Rangoon Lunatic Asylum 1893-1897 - 1893-1897
Year: 1893
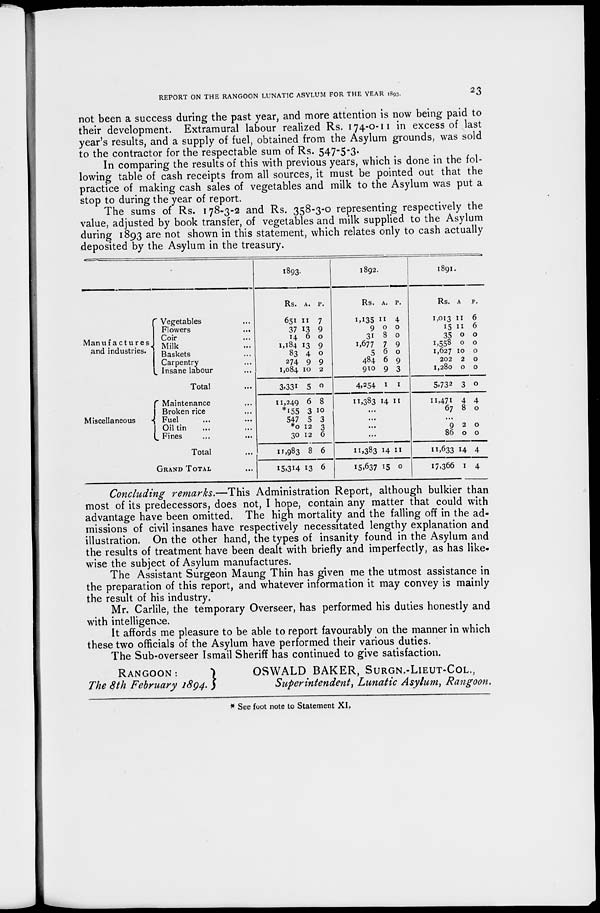
REPORT ON THE RANGOON LUNATIC ASYLUM FOR THE YEAR 1893.
23
not been a success during the past year, and more attention is now being paid to
their development. Extramural labour realized Rs. 174-0-11 in excess of last
year's results, and a supply of fuel, obtained from the Asylum grounds, was sold
to the contractor for the respectable sum of Rs. 547-5-3.
In comparing the results of this with previous years, which is done in the fol-
lowing table of cash receipts from all sources, it must be pointed out that the
practice of making cash sales of vegetables and milk to the Asylum was put a
stop to during the year of report.
The sums of Rs. 178-3-2 and Rs. 358-3-0 representing respectively the
value, adjusted by book transfer, of vegetables and milk supplied to the Asylum
during 1893 are not shown in this statement, which relates only to cash actually
deposited by the Asylum in the treasury.
Manufactures
and industries.
Vegetables ...
Flowers ...
Coir ...
Milk ...
Baskets ...
Carpentry ...
Insane labour ...
Total ...
Miscellaneous
Maintenance ...
Broken rice ...
Fuel ... ...
Oil tin ... ...
Fines ... ...
Total ...
GRAND TOTAL ...
1893.
Rs.
651
37
14
1,184
83
274
1,084
3,331
11,249
*155
547
*0
30
11,983
15314
A.
11
13
6
13
4
9
10
5
6
3
5
12
12
8
13
P.
7
9
0
0
0
9
2
0
8
10
3
3
6
6
6
1892.
Rs.
1,135
9
31
1,677
5
484
910
4,254
11,383
A.
11
0
8
7
6
6
9
1
14
P.
4
0
0
9
0
9
3
1
11
...
...
...
...
11,383
15,637
14
15
11
0
1891.
Rs.
1,013
15
35
1,558
1,627
202
1,280
5,732
11,471
67
A
11
11
0
0
10
2
0
3
4
8
P.
6
6
0
0
0
0
0
0
4
0
...
9
86
11,633
17,366
2
0
14
1
0
0
4
4
Concluding remarks.—This Administration Report, although bulkier than
most of its predecessors, does not, I hope, contain any matter that could with
advantage have been omitted. The high mortality and the falling off in the ad-
missions of civil insanes have respectively necessitated lengthy explanation and
illustration. On the other hand, the types of insanity found in the Asylum and
the results of treatment have been dealt with briefly and imperfectly, as has like-
wise the subject of Asylum manufactures.
The Assistant Surgeon Maung Thin has given me the utmost assistance in
the preparation of this report, and whatever information it may convey is mainly
the result of his industry.
Mr. Carlile, the temporary Overseer, has performed his duties honestly and
with intelligence.
It affords me pleasure to be able to report favourably on the manner in which
these two officials of the Asylum have performed their various duties.
The Sub-overseer Ismail Sheriff has continued to give satisfaction.
RANGOON:
The 8th February 1894.
OSWALD BAKER, SURGN.-LIEUT-COL.,
Superintendent, Lunatic Asylum, Rangoon.
* See foot note to Statement XI.